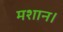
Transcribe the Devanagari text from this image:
मशान।